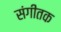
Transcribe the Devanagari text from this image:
संगीतक